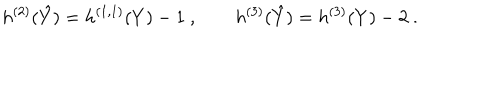
LaTeX: h ^ { ( 2 ) } ( \hat { Y } ) = h ^ { ( 1 , 1 ) } ( Y ) - 1 \ , \qquad h ^ { ( 3 ) } ( \hat { Y } ) = h ^ { ( 3 ) } ( Y ) - 2 \ .